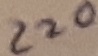
Text: 220